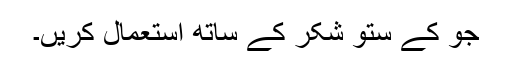
جو کے ستو شکر کے ساتھ استعمال کریں۔